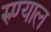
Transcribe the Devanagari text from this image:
रुण्याल